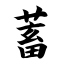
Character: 蓄